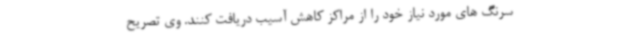
سرنگ های مورد نیاز خود را از مراکز کاهش آسیب دریافت کنند. وی تصریح